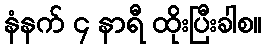
နံနက် ၄ နာရီ ထိုးပြီးခါစ။